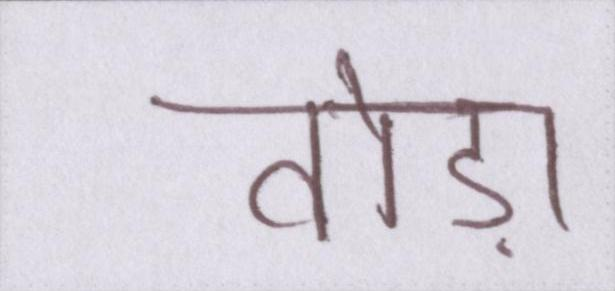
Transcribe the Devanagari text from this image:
तोड़ा